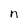
Character: n